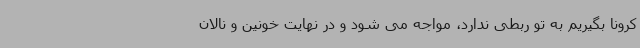
کرونا بگیریم به تو ربطی ندارد، مواجه می شود و در نهایت خونین و نالان